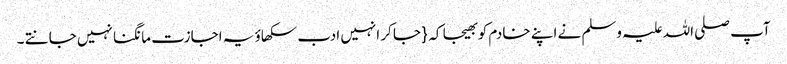
آپ صلی اللہ علیہ وسلم نے اپنے خادم کو بھیجا کہ { جا کر انہیں ادب سکھاؤ یہ اجازت مانگنا نہیں جانتے ۔